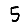
Digit: 5